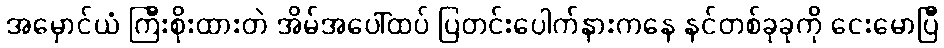
အမှောင်ယံ ကြီးစိုးထားတဲ အိမ်အပေါ်ထပ် ပြတင်းပေါက်နားကနေ နင်တစ်ခုခုကို ငေးမောပြီ